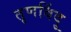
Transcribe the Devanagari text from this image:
तृणबिंदु